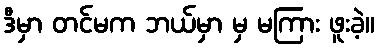
ဒီမှာ တင်မက ဘယ်မှာ မှ မကြား ဖူးခဲ့။